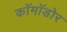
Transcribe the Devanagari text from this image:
कॉमॉडोर